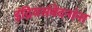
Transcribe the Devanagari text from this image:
इंद्रियसंवेदनांना